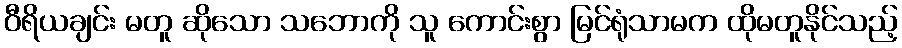
ဝီရိယချင်း မတူ ဆိုသော သဘောကို သူ ကောင်းစွာ မြင်ရုံသာမက ထိုမတူနိုင်သည့်